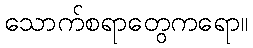
သောက်စရာတွေကရော။